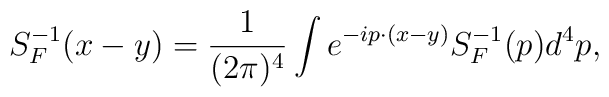
S^{-1}_F(x-y)={1\over (2\pi)^4}\int e^{-ip\cdot(x-y)}S_F^{-1}(p)d^4p,